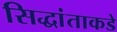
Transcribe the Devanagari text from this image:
सिद्धांताकडे